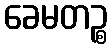
ခေမတဉ္စ